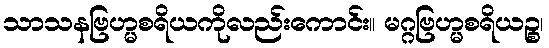
သာသနဗြဟ္မစရိယကိုလည်းကောင်း။ မဂ္ဂဗြဟ္မစရိယဉ္စ၊